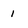
Character: 1